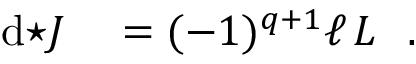
\begin{array} { r l } { \mathrm { d } { \star J } } & { { } = ( - 1 ) ^ { q + 1 } \ell \, L ~ ~ . } \end{array}